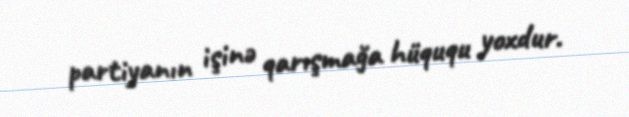
partiyanın işinə qarışmağa hüququ yoxdur.